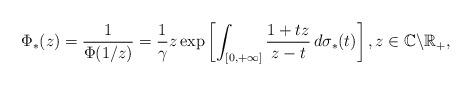
LaTeX: \begin{align*}\Phi_{*}(z)=\frac{1}{\Phi(1/z)}=\frac{1}{\gamma}z\exp\left[\int_{[0,+\infty]}\frac{1+tz}{z-t}\,d\sigma_{*}(t)\right],z\in\mathbb{C}\backslash\mathbb{R}_{+},\end{align*}